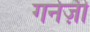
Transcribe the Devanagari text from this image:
गर्नज़ी